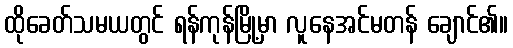
ထိုခေတ်သမယတွင် ရန်ကုန်မြို့မှာ လူနေအင်မတန် ချောင်၏။